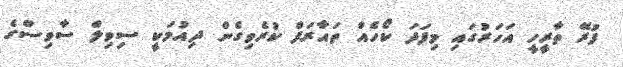
ފުރޭ ތާރީހީ އަހަރުގައި މިފަަދަ ކޯހެއް ތައާރަފް ކުރެވިގެން ދިއުމަކީ ސިވިލް ސާވިސްގެ